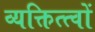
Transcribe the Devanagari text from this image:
व्यक्तित्त्वों